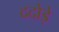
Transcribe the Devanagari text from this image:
ददोड़े